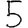
Digit: 5